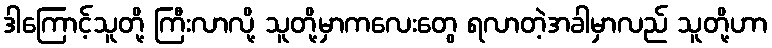
ဒါကြောင့်သူတို့ ကြီးလာလို့ သူတို့မှာကလေးတွေ ရလာတဲ့အခါမှာလည် သူတို့ဟာ